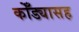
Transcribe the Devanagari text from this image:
कोँड्यासह